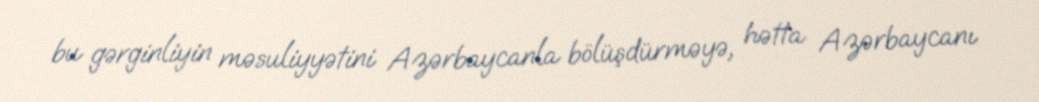
bu gərginliyin məsuliyyətini Azərbaycanla bölüşdürməyə, hətta Azərbaycanı